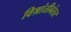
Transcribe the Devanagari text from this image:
विश्रांतीनंतर